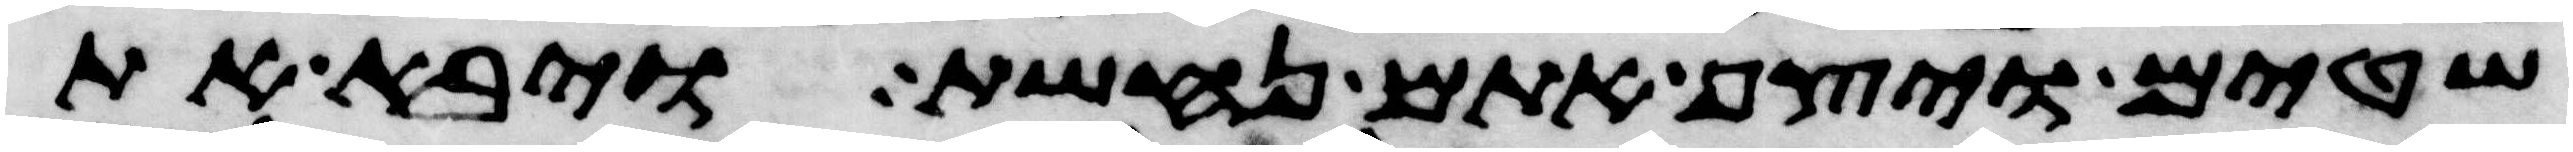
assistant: שטים ויצף אתם נחשת ויבא את